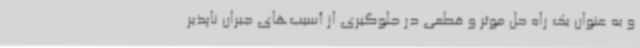
و به عنوان یک راه حل موثر و قطعی در جلوگیری از آسیب‌های جبران ناپذیر